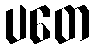
ပတေ